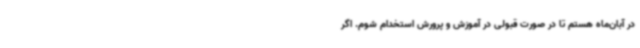
در آبان‌ماه هستم تا در صورت قبولی در آموزش و پرورش استخدام شوم. اگر